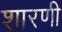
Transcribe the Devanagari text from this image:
शारणी